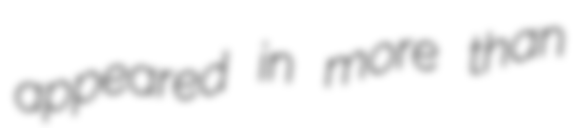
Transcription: appeared in more than